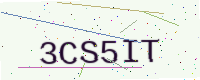
Text: 3CS5IT